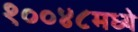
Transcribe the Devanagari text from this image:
१००४८मध्ये